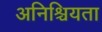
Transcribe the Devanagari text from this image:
अनिश्चियता